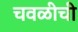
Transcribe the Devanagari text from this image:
चवळीची